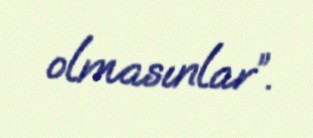
olmasınlar”.